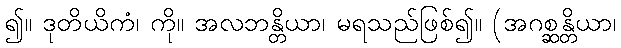
၍။ ဒုတိယိကံ၊ ကို။ အလဘန္တိယာ၊ မရသည်ဖြစ်၍။ (အဂစ္ဆန္တိယာ၊